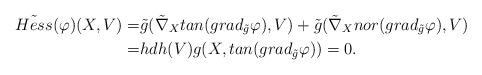
LaTeX: \begin{align*}\tilde{Hess}( \varphi)(X,V)=&\tilde{g}(\tilde{\nabla}_X tan(grad_{\tilde{g}}\varphi),V)+\tilde{g}(\tilde{\nabla}_X nor(grad_{\tilde{g}}\varphi),V)\\ =&hdh(V)g(X,tan(grad_{\tilde{g}}\varphi))=0.\end{align*}